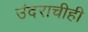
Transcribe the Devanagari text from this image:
उंदराचीही